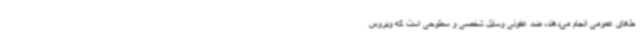
ط‌های‌ عمومی انجام می‌دهند، ضد عفونی وسایل شخصی و سطوحی است که ویروس